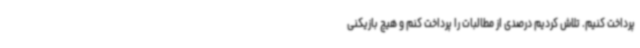
پرداخت کنیم. تلاش کردیم درصدی از مطالبات را پرداخت کنم و هیچ بازیکنی